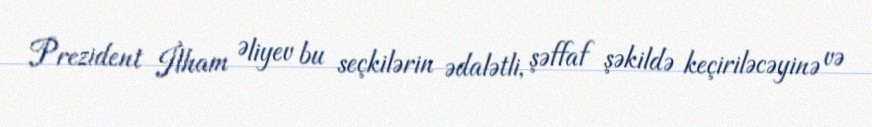
Prezident İlham Əliyev bu seçkilərin ədalətli, şəffaf şəkildə keçiriləcəyinə və